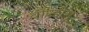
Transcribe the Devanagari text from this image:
वीन्डीगू